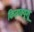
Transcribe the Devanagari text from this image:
किताक्यूशू